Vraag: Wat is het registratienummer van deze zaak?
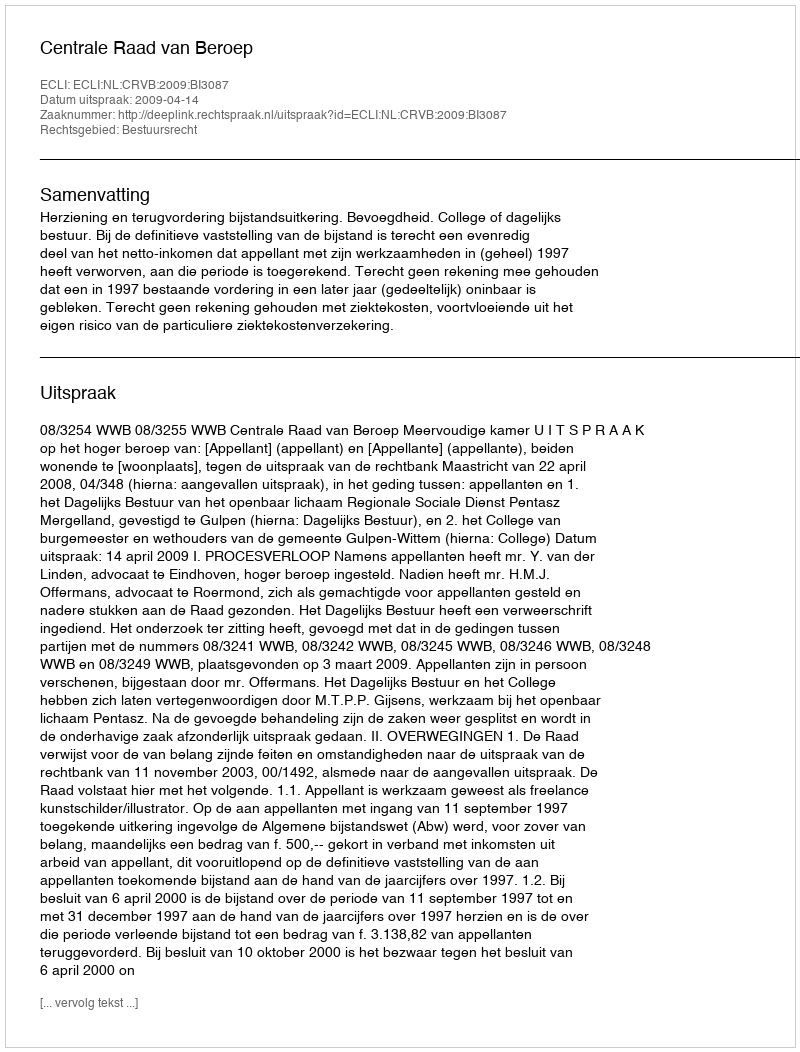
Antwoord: http://deeplink.rechtspraak.nl/uitspraak?id=ECLI:NL:CRVB:2009:BI3087